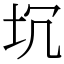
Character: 坈